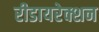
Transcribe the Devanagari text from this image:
रीडायरेक्शन